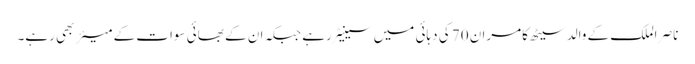
ناصر الملک کے والد سیٹھ کامران 70 کی دہائی میں سینیٹر رہے جبکہ ان کے بھائی سوات کے میئر بھی رہے۔